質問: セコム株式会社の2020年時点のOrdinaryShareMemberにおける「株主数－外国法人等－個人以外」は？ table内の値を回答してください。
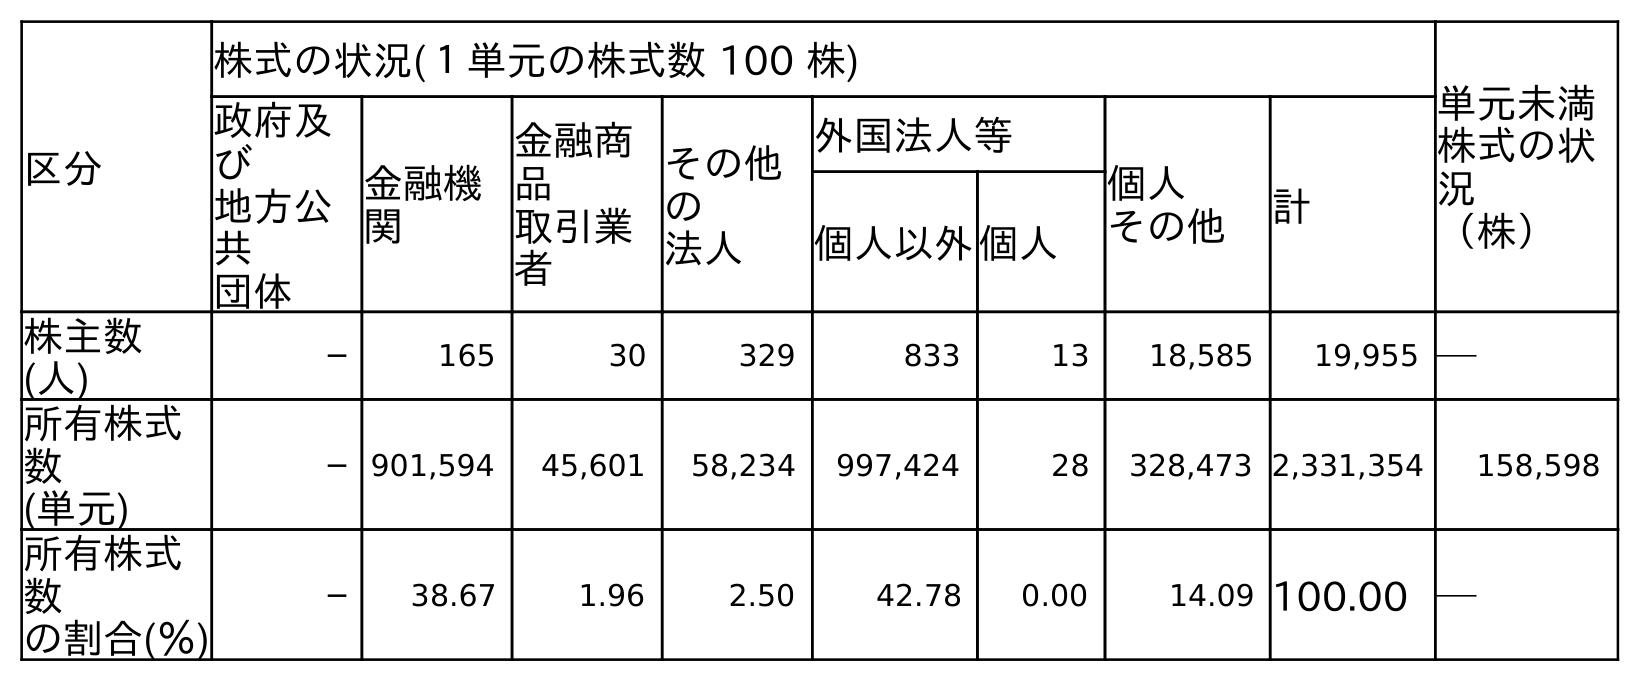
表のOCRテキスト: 区分 株式の状況(１単元の株式数 100 株) 単元未満 株式の状 況 （株） 政府及 び 地方公 共 団体 金融機 関 金融商 品 取引業 者 その他 の 法人 外国法人等 個人 その他 計 個人以外個人 株主数 (人) ─ 165 30 329 833 13 18,585 19,955 ─ 所有株式 数 (単元) ─ 901,594 45,601 58,234 997,424 28 328,473 2,331,354 158,598 所有株式 数 の割合(％) ─ 38.67 1.96 2.50 42.78 0.00 14.09 100.00 ─
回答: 833